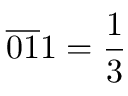
{ \overline { { 0 1 } } } 1 = { \frac { 1 } { 3 } }